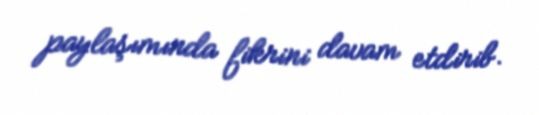
paylaşımında fikrini davam etdirib.